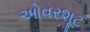
ઓવરશૂટ